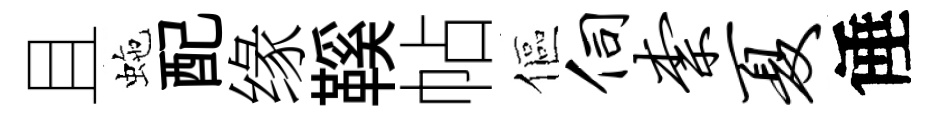
且虵配缘鞵帖傴伺柰夏倕